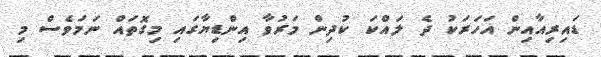
ޑައިރިއާއިން އަހަރަކު ދެ ލައްކަ ކުދިން މަރުވާ އިންޑިޔާގައި މިގޮތައް ނަމަވެސް މި